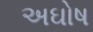
અઘોષ